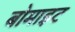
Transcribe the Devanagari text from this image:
बोमाइट